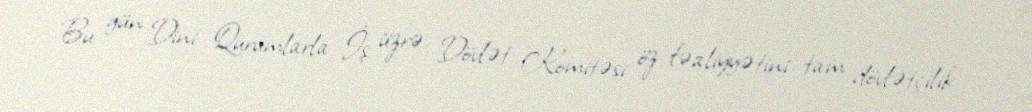
Bu gün Dini Qurumlarla İş üzrə Dövlət Komitəsi öz fəaliyyətini tam dövlətçilik